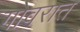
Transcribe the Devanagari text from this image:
गोवरात